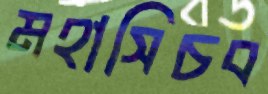
মহাসিচব